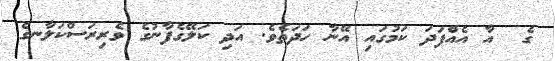
ގެ  އާ އެއްފަދަ ކަމުގައި އޭނާ ހަދަތެވެ. އަދި ކަލޭގެފާނުގެ ވެރިރަސްކަލާނގެ